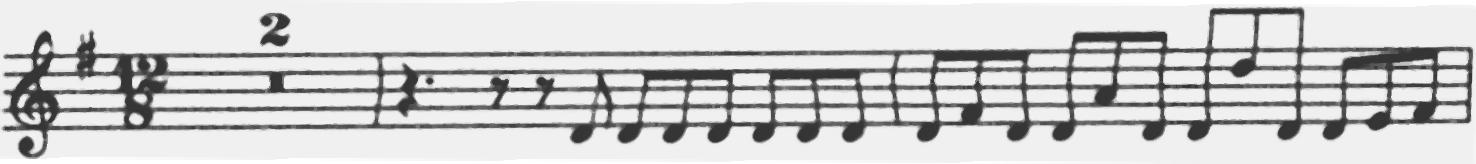
Transcription: clef-G2 keySignature-GM timeSignature-12/8 multirest-2 barline rest-quarter. rest-eighth rest-eighth note-D4_eighth note-D4_eighth note-D4_eighth note-D4_eighth note-D4_eighth note-D4_eighth note-D4_eighth barline note-D4_eighth note-F#4_eighth note-D4_eighth note-D4_eighth note-A4_eighth note-D4_eighth note-D4_eighth note-D5_eighth note-D4_eighth note-D4_eighth note-E4_eighth note-F#4_eighth barline